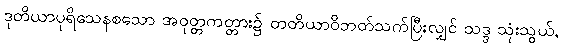
ဒုတိယာပုရိသေနစသော အဝုတ္တကတ္တား၌ တတိယာဝိဘတ်သက်ပြီးလျှင် သဒ္ဒ သုံးသွယ်,